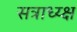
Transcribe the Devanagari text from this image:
सत्राध्य्क्ष